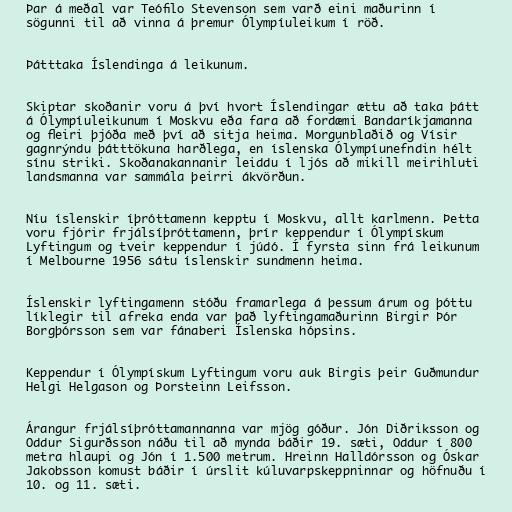
Þar á meðal var Teófilo Stevenson sem varð eini maðurinn í
sögunni til að vinna á þremur Ólympíuleikum í röð.

Þátttaka Íslendinga á leikunum.

Skiptar skoðanir voru á því hvort Íslendingar ættu að taka þátt
á Ólympíuleikunum í Moskvu eða fara að fordæmi Bandaríkjamanna
og fleiri þjóða með því að sitja heima. Morgunblaðið og Vísir
gagnrýndu þátttökuna harðlega, en íslenska Ólympíunefndin hélt
sínu striki. Skoðanakannanir leiddu í ljós að mikill meirihluti
landsmanna var sammála þeirri ákvörðun.

Níu íslenskir íþróttamenn kepptu í Moskvu, allt karlmenn. Þetta
voru fjórir frjálsíþróttamenn, þrír keppendur í Ólympískum
Lyftingum og tveir keppendur í júdó. Í fyrsta sinn frá leikunum
í Melbourne 1956 sátu íslenskir sundmenn heima.

Íslenskir lyftingamenn stóðu framarlega á þessum árum og þóttu
líklegir til afreka enda var það lyftingamaðurinn Birgir Þór
Borgþórsson sem var fánaberi Íslenska hópsins.

Keppendur í Ólympískum Lyftingum voru auk Birgis þeir Guðmundur
Helgi Helgason og Þorsteinn Leifsson.

Árangur frjálsíþróttamannanna var mjög góður. Jón Diðriksson og
Oddur Sigurðsson náðu til að mynda báðir 19. sæti, Oddur í 800
metra hlaupi og Jón í 1.500 metrum. Hreinn Halldórsson og Óskar
Jakobsson komust báðir í úrslit kúluvarpskeppninnar og höfnuðu í
10. og 11. sæti.